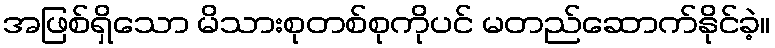
အဖြစ်ရှိသော မိသားစုတစ်စုကိုပင် မတည်ဆောက်နိုင်ခဲ့။